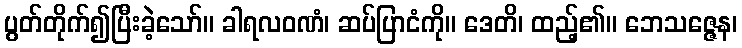
ပွတ်တိုက်၍ပြီးခဲ့သော်။ ခါရလဝဏံ၊ ဆပ်ပြာငံကို။ ဒေတိ၊ ထည့်၏။ ဘေသဇ္ဇေန၊